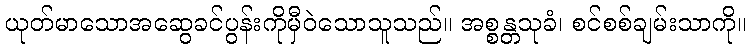
ယုတ်မာသောအဆွေခင်ပွန်းကိုမှီဝဲသောသူသည်။ အစ္စန္တသုခံ၊ စင်စစ်ချမ်းသာကို။